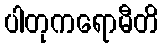
ပါတုကရောမီတိ